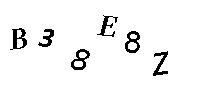
B38E8Z